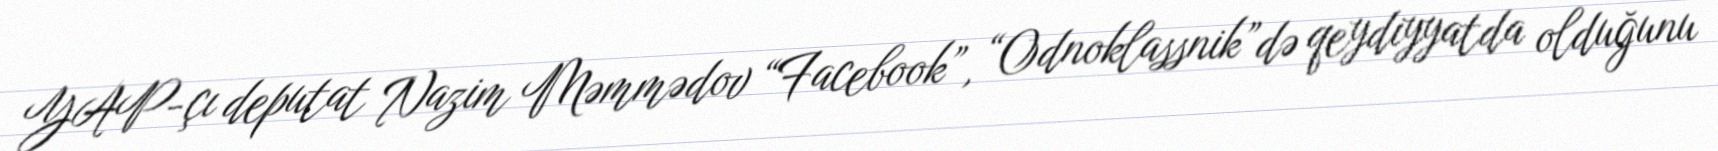
YAP-çı deputat Nazim Məmmədov “Facebook”, “Odnoklassnik”də qeydiyyatda olduğunu